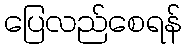
ပြေလည်စေရန်